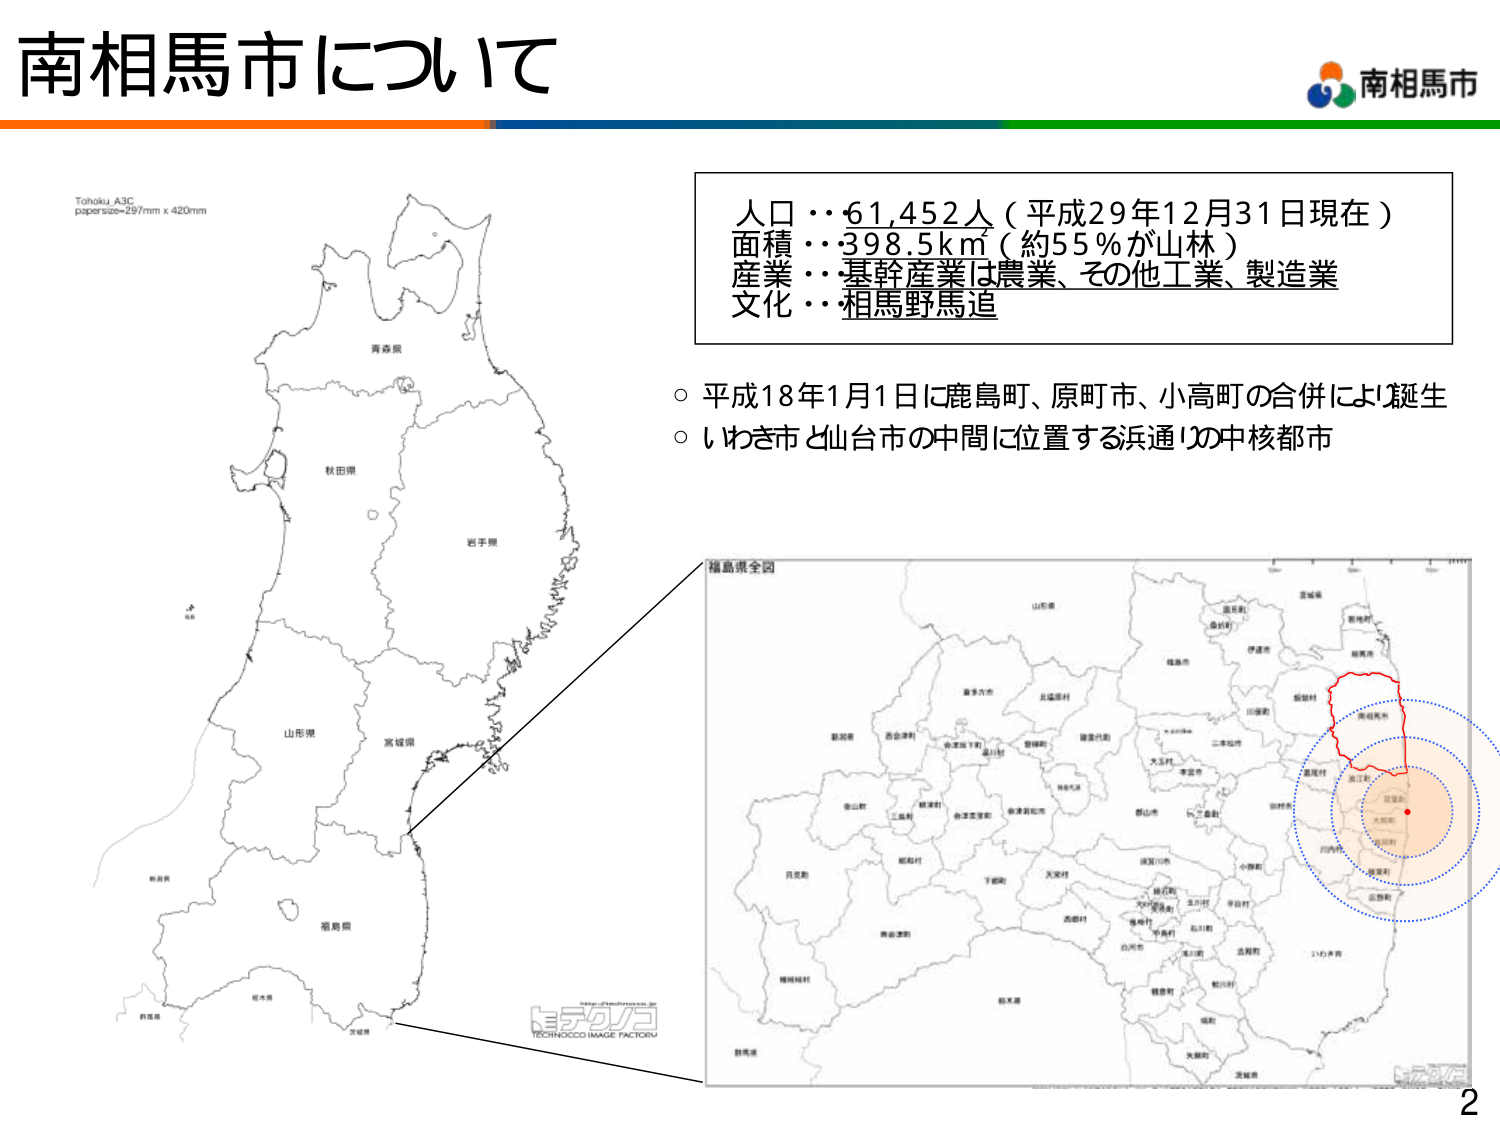
南相馬市について

Tohoku_A3C
papersize=297mm x 420mm

人口・・61,452人（平成29年12月31日現在）
面積・・398.5km²（約55％が山林）
産業・・基幹産業は農業、その他工業、製造業
文化・・相馬野馬追

○ 平成18年1月1日に鹿島町、原町市、小高町の合併により誕生
○ いわき市と仙台市の中間に位置する浜通りの中核都市

福島県全図

青森県
秋田県
岩手県
山形県
宮城県
新潟県
福島県
栃木県
茨城県

（地図内各自治体名）
山形県
福島市
会津若松市
郡山市
二本松市
大玉村
本宮市
須賀川市
伊達市
田村市
猪苗代町
西会津町
小野町
大内宿
大沼町
大河原町
喜多方市
上郷町
飯舘村
浪江町
楢葉町
富岡町
双葉町
大熊町
広野町
相馬市
南相馬市
いわき市
磐城市
白河市
石川町
玉川村
平田村
三春町
田村市
二本松市
大玉村
本宮市
須賀川市
伊達市
田村市
猪苗代町
西会津町
小野町
大内宿
大沼町
大河原町
喜多方市
上郷町
飯舘村
浪江町
楢葉町
富岡町
双葉町
大熊町
広野町
相馬市
南相馬市
いわき市
磐城市
白河市
石川町
玉川村
平田村
三春町

http://technococo.jp
TECHNOCOCO IMAGE FACTORY

南相馬市

2